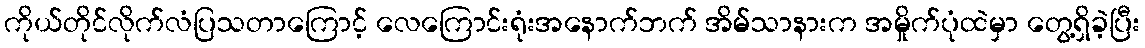
ကိုယ်တိုင်လိုက်လံပြသတာကြောင့် လေကြောင်းရုံးအနောက်ဘက် အိမ်သာနားက အမှိုက်ပုံထဲမှာ တွေ့ရှိခဲ့ပြီး